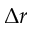
\Delta r